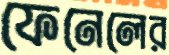
ফেনেলের